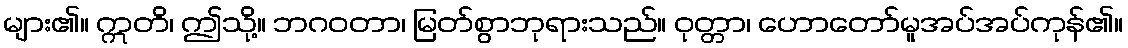
များ၏။ ဣတိ၊ ဤသို့။ ဘဂဝတာ၊ မြတ်စွာဘုရားသည်။ ဝုတ္တာ၊ ဟောတော်မူအပ်အပ်ကုန်၏။